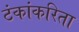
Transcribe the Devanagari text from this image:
टंकांकरिता